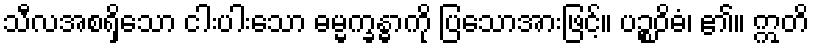
သီလအစရှိသော ငါးပါးသော ဓမ္မက္ခန္ဓာကို ပြသောအားဖြင့်။ ပဉ္စဝိဓံ၊ ၏။ ဣတိ